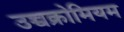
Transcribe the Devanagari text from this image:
उच्चक्रोमियम